Assam Mental Hospital (Tezpur, India) - 1933-1948
Year: 1933
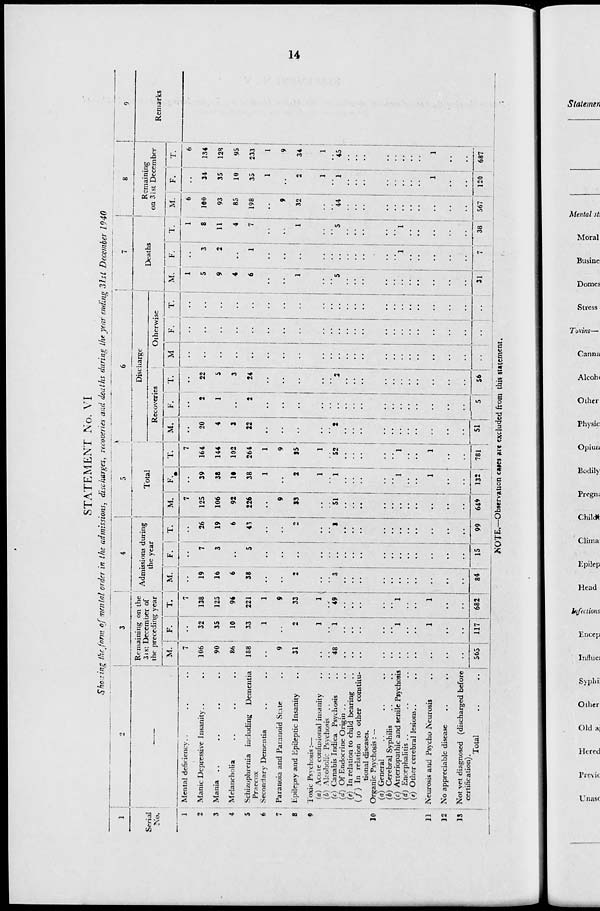
14
STATEMENT No. VI
Showing the form of mental order in the admissions, discharges, recoveries and deaths during the year ending 3lsl December 1940
1
Serial
No.
1
2
3
4
5
6
7
8
9
10
11
12
13
2
–––
Mental deficiency
..
..
..
Manic Depressive Insanity .. .. ..
Mania
..
..
..
..
Melancholia
..
..
..
Schizophrenia including Dementia
Praecox
Secondary Dementia
..
..
Paranoia and Paranoid State
..
Epilepsy and Epileptic Insanity
..
Toxic Psychosis:—
(a) Acute confusional insanity
.. .
(b) Alcoholic Psychosis .. ..
(c) Canabis Indica Psychosis
..
(d) Of Endocrine Origin
..
..
(e) In relation to child bearing
..
(f) In relation to other constitu-
tional diseases.
Organic Psychosis: —
(a) General
..
..
..
(b) Cerebral Syphilis
..
..
(c) Arteriopathic and senile Psychosis
(d) Encephalitis
..
..
..
(e) Other cerebral lesions .. ..
Neurosis and Psycho Neurosis ..
No appreciable disease .. ..
Not yet diagnosed (discharged before
certification).
Total
..
..
3
Remaining on the
31st December of
the preceding year
M.
7
106
90
86
188
..
9
31
..
..
48
..
..
..
..
..
..
..
.
..
..
..
565
F.
..
32
35
10
33
1
..
2
1
..
1
..
..
..
..
..
1
..
..
1
..
..
117
T.
7
138
125
96
221
1
9
33
1
..
49
..
..
..
..
..
1
..
..
1
..
..
682
4
Admissions during
the year
M.
..
19
16
6
38
..
..
2
..
..
3
..
..
..
..
..
..
..
..
..
..
..
84
F.
..
7
3
..
5
..
..
..
..
..
..
..
..
..
..
..
..
..
..
..
..
..
15
T.
..
26
19
6
43
..
..
2
..
..
3
..
..
..
..
..
..
..
..
..
..
..
99
5
Total
M.
7
125
106
92
226
..
9
33
..
..
51
..
..
..
..
..
..
..
..
..
..
..
649
F.
..
39
38
10
38
1
..
2
1
..
1
..
..
..
..
..
1
..
..
1
..
..
132
T.
7
164
144
102
264
1
9
35
1
..
52
..
..
..
..
..
1
..
..
1
..
..
781
6
Discharge
Recoveries
M.
..
20
4
3
22
..
..
..
..
..
2
..
..
..
..
..
..
..
..
..
..
..
51
F.
..
2
1
..
2
..
..
..
..
..
..
..
..
..
..
..
..
..
..
..
..
..
5
T.
..
22
5
3
24
..
..
..
..
..
2
..
..
..
..
..
..
..
..
..
..
..
56
Otherwise
M
..
..
..
..
..
..
..
..
..
..
..
..
..
..
..
..
..
..
..
..
..
..
..
F.
..
..
..
..
..
..
..
..
..
..
..
..
..
..
..
..
..
..
..
..
..
..
..
T.
..
..
..
..
..
..
..
..
..
..
..
..
..
..
..
..
..
..
..
..
..
..
..
7
Deaths
M.
1
5
9
4
6
..
..
1
..
..
5
..
..
..
..
..
..
..
..
..
..
..
31
F.
..
3
2
..
1
..
..
..
..
..
..
..
..
..
..
..
1
..
..
..
..
..
7
T.
1
8
11
4
7
..
..
1
..
..
5
..
..
..
..
..
1
..
..
..
..
..
38
8
Remaining
on 31st December
M.
6
100
93
85
198
..
9
32
..
..
44
..
..
..
..
..
..
..
..
..
..
..
567
F.
..
34
35
10
35
1
..
2
1
..
1
..
..
..
..
..
..
..
..
1
..
..
120
T.
6
134
128
95
233
1
9
34
1
..
45
..
..
..
..
..
..
..
..
1
..
..
687
9
Remarks
NOTE—Observation cases are excluded from this statement.